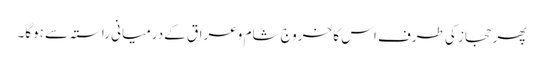
پھر حجاز کی طرف اس کا خروج شام وعراق کےدرمیانی راستہ سے ہوگا۔